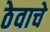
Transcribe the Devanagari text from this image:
ठेवाचे